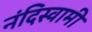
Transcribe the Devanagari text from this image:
नंदिस्वामी